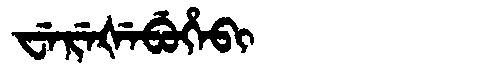
Manchu: ᠸᡝᡵᡝᡧᡝᠪᡠᡥᡝᠪᡳ
Romanization: WEREŠEBUHEBI